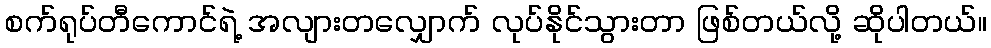
စက်ရုပ်တီကောင်ရဲ့ အလျားတလျှောက် လုပ်နိုင်သွားတာ ဖြစ်တယ်လို့ ဆိုပါတယ်။